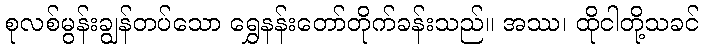
စုလစ်မွန်းချွန်တပ်သော ရွှေနန်းတော်တိုက်ခန်းသည်။ အဿ၊ ထိုငါတို့သခင်